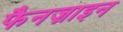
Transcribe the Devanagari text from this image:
फैनज़ाइन